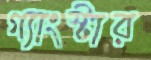
গ্যাংস্টার